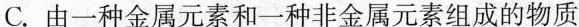
C.由一种金属元素和一种非金属元素组成的物质